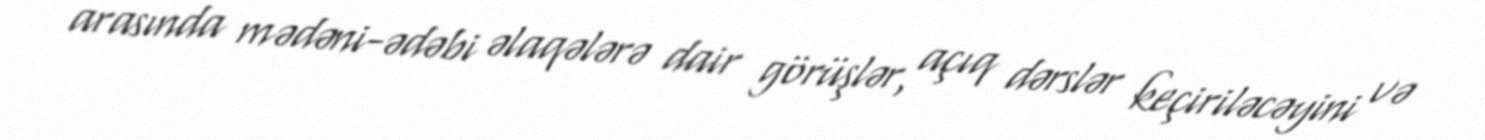
arasında mədəni-ədəbi əlaqələrə dair görüşlər, açıq dərslər keçiriləcəyini və